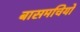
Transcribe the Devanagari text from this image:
बासमचियों